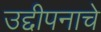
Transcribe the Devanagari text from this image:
उद्दीपनाचे